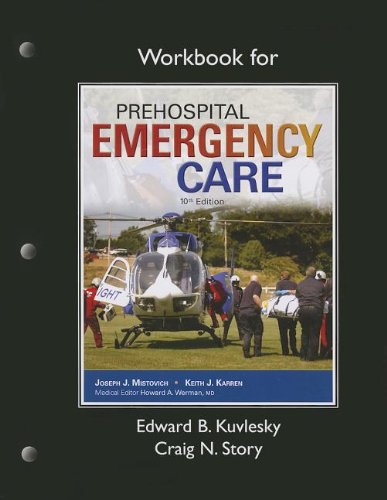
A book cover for Workbook for Prehospital Emergency Care; Edward B. Kuvlesky; Medical Books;